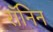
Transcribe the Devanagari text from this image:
रॉनिन